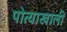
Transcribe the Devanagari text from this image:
पोत्याखाली